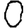
Digit: 0